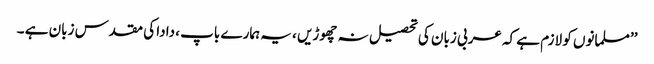
’’مسلمانوں کو لازم ہے کہ عربی زبان کی تحصیل نہ چھوڑیں ، یہ ہمارے باپ ، دادا کی مقدس زبان ہے ۔